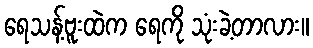
ရေသန့်ဗူးထဲက ရေကို သုံးခဲ့တာလား။